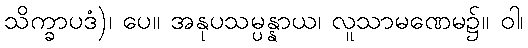
သိက္ခာပဒံ)၊ ပေ။ အနုပသမ္ပန္နာယ၊ လူသာမဏေမ၌။ ဝါ၊